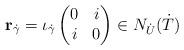
LaTeX: \begin{align*}\mathbf r_{\dot\gamma}=\iota_{\dot\gamma}\begin{pmatrix} 0 & i \\ i & 0\end{pmatrix}\in N_{\dot U}(\dot T)\end{align*}